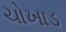
ચોખાડ